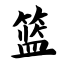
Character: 篮